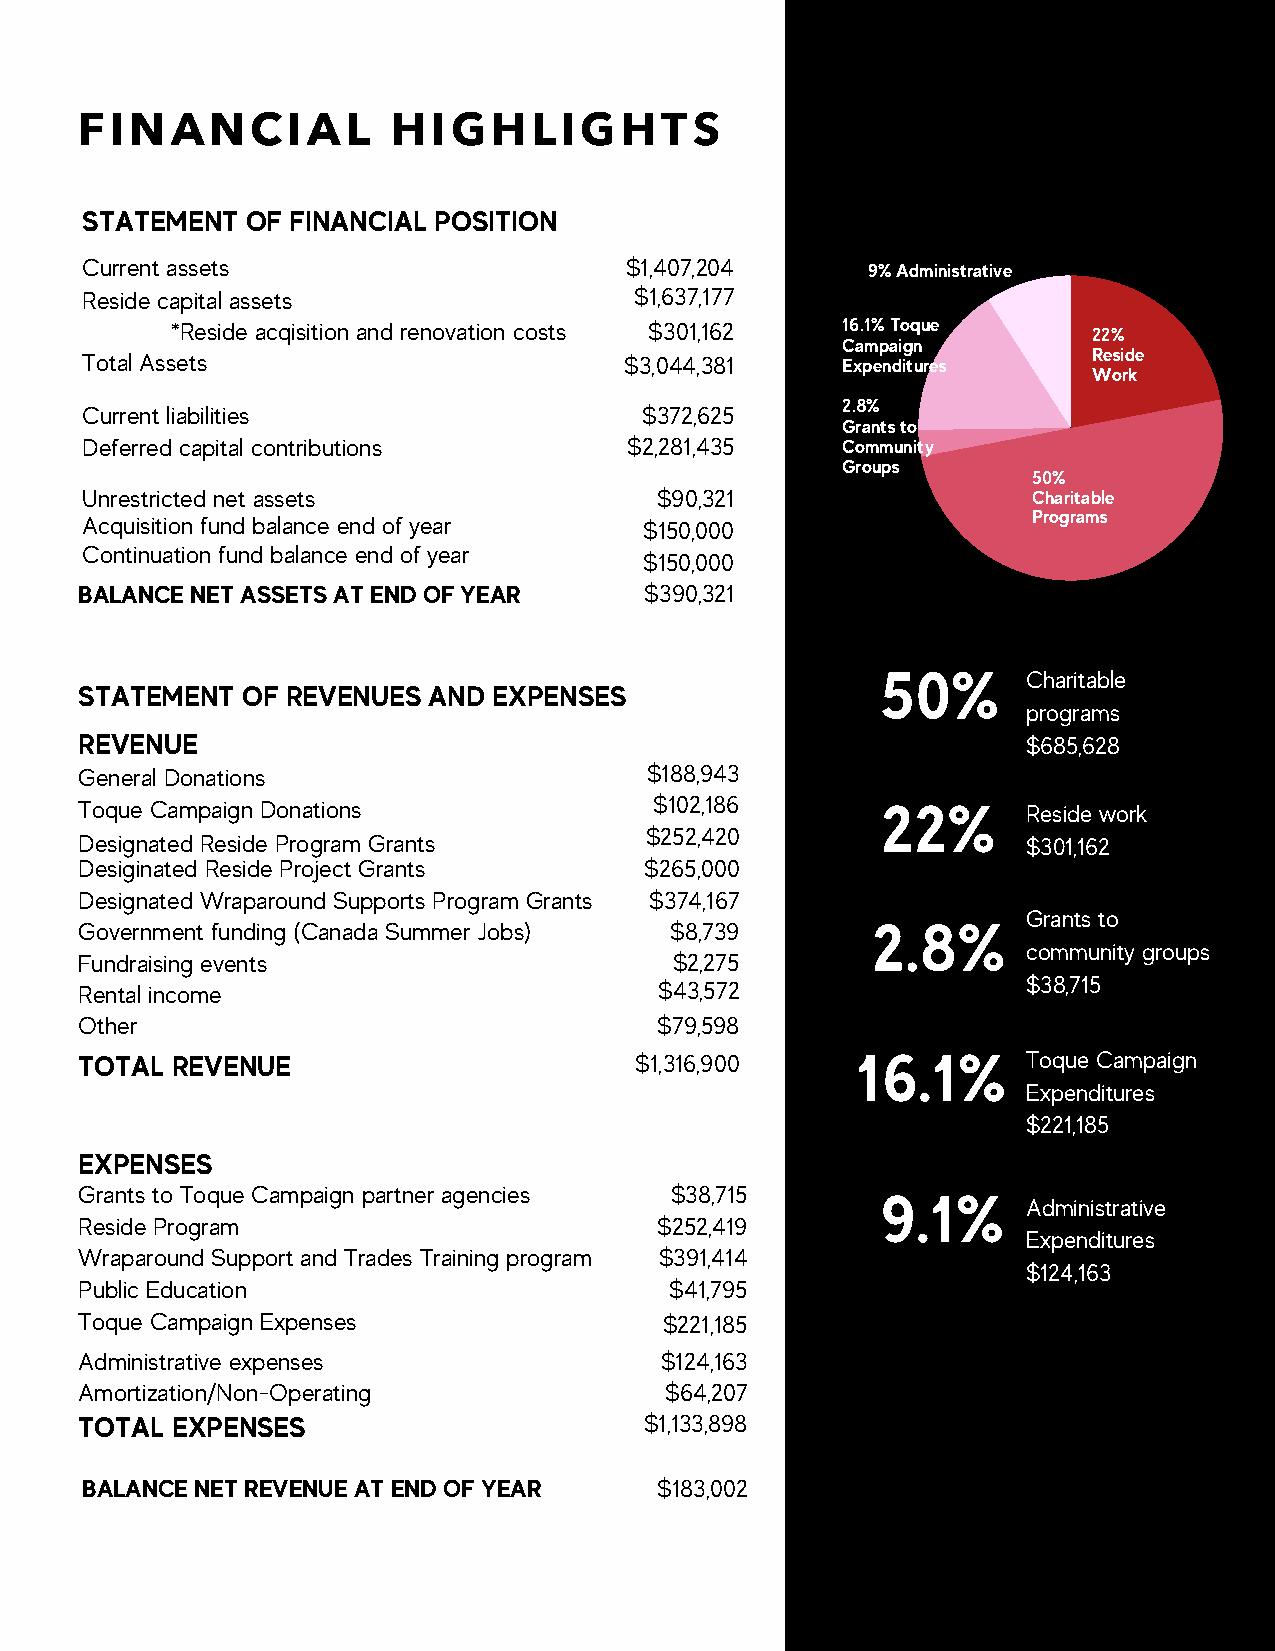
FINANCIAL            HIGHLIGHTS
 STATEMENT  OF FINANCIAL POSITION
 Current assets                      $1,407,204      9% Administrative
 Reside capital assets                $1,637,177
 *Reside acqisition and renovation costs $301,162 16.1% Toque 22%
 Campaign
 Total Assets                        $3,044,381     Expenditures    Reside
 Work
 2.8%
 Current liabilities                  $372,625
 Grants to
 Deferred capital contributions       $2,281,435    Community
 Groups
 50%
 Unrestricted net assets               $90,321                  Charitable
 Programs
 Acquisition fund balance end of year  $150,000
 Continuation fund balance end of year
 $150,000
 BALANCE NET ASSETS AT END OF YEAR     $390,321
 50%       Charitable
 STATEMENT  OF REVENUES AND  EXPENSES
 programs
 REVENUE                                                        $685,628
 General Donations                     $188,943
 Toque Campaign Donations              $102,186       22%       Reside work
 $252,420
 Designated Reside Program Grants                               $301,162
 Desiginated Reside Project Grants     $265,000
 Designated Wraparound Supports Program Grants $374,167
 Grants to
 Government funding (Canada Summer Jobs) $8,739       2.8%
 community groups
 Fundraising events                      $2,275
 Rental income                          $43,572                 $38,715
 Other                                 $79,598
 TOTAL REVENUE                        $1,316,900     16.1%      Toque Campaign
 Expenditures
 $221,185
 EXPENSES
 Grants to Toque Campaign partner agencies $38,715
 9.1%
 Administrative
 Reside Program                        $252,419
 Expenditures
 Wraparound Support and Trades Training program $391,414
 $124,163
 Public Education                       $41,795
 Toque Campaign Expenses                $221,185
 Administrative expenses                $124,163
 Amortization/Non-Operating             $64,207
 TOTAL EXPENSES                        $1,133,898
 BALANCE NET REVENUE AT END OF YEAR    $183,002